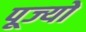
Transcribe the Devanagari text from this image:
पूज्‍यो